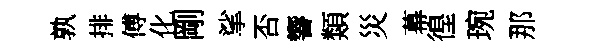
孰排傅化剛挲否響類災幕徨琬那